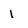
Character: I